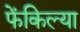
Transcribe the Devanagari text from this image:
फेंकिल्या